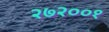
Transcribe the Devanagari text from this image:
२७२००१